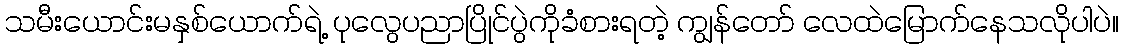
သမီးယောင်းမနှစ်ယောက်ရဲ့ ပုလွေပညာပြိုင်ပွဲကိုခံစားရတဲ့ ကျွန်တော် လေထဲမြောက်နေသလိုပါပဲ။